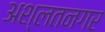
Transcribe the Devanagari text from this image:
अश्लतनगर